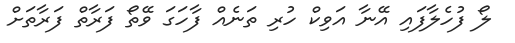
ލޯ ފުހެލާފައި އޭނާ އަވިކް ހުރި ތަނެއް ފާހަގަ ވޭތޯ ފަރާތް ފަރާތަށް